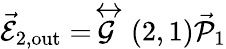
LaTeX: \vec{\mathcal{E}}_{2,\mathrm{{out}}}=\stackrel{\leftrightarrow}{\mathcal{G}}(2,1)\vec{\mathcal{P}}_{1}